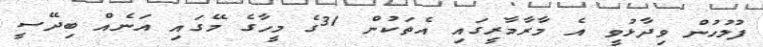
ފުލުހުން ވިދާޅުވީ އެ މާރާމާރީގައި އެތަކުން 31ގެ މީހާގެ މޭގައި އަނެއް ބިދޭސީ